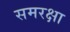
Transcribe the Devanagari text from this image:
समरक्षा